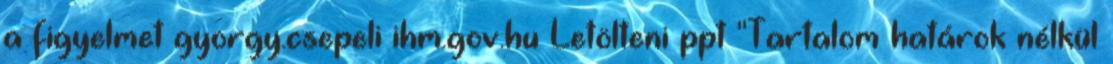
a figyelmet gyorgy.csepeli ihm.gov.hu Letölteni ppt "Tartalom határok nélkül